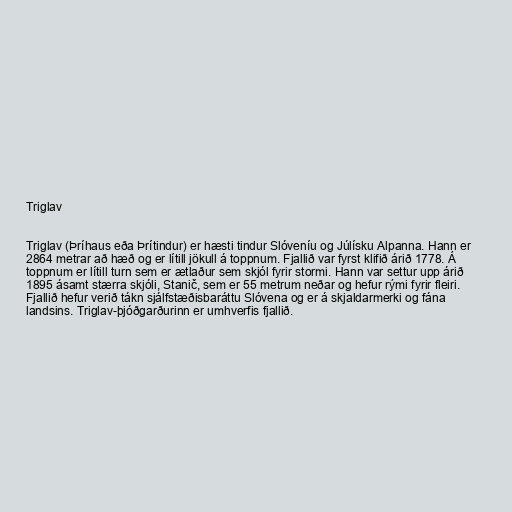
Triglav

Triglav (Þríhaus eða Þrítindur) er hæsti tindur Slóveníu og Júlísku Alpanna. Hann er
2864 metrar að hæð og er lítill jökull á toppnum. Fjallið var fyrst klifið árið 1778. Á
toppnum er lítill turn sem er ætlaður sem skjól fyrir stormi. Hann var settur upp árið
1895 ásamt stærra skjóli, Stanič, sem er 55 metrum neðar og hefur rými fyrir fleiri.
Fjallið hefur verið tákn sjálfstæðisbaráttu Slóvena og er á skjaldarmerki og fána
landsins. Triglav-þjóðgarðurinn er umhverfis fjallið.